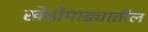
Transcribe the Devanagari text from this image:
खेडोपाड्यातील